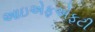
આઇએફએફટી